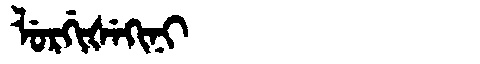
Manchu: ᠯᡠᡵᡤᡳᡧᡝᡴᡳᠨᡳ
Romanization: LURGIŠEKINI